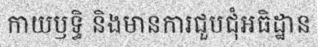
កាយឫទ្ធិ និងមានការជួបជុំអធិដ្ឋាន